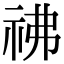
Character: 𥘬